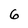
Character: 6